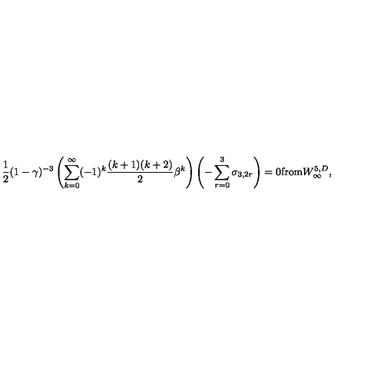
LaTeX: { \frac { 1 } { 2 } } ( 1 - \gamma ) ^ { - 3 } \left( \sum _ { k = 0 } ^ { \infty } ( - 1 ) ^ { k } { \frac { ( k + 1 ) ( k + 2 ) } { 2 } } \beta ^ { k } \right) \left( - \sum _ { r = 0 } ^ { 3 } \sigma _ { 3 , 2 r } \right) = 0 \mathrm { f r o m } W _ { \infty } ^ { 5 , D } ,